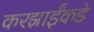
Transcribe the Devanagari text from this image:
करझाईंकडे